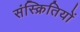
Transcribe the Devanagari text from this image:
संस्क्रितियों